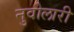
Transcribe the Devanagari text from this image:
नुवोलारी